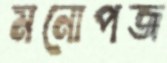
মনোপজ